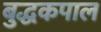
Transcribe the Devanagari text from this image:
बुद्धकपाल